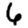
Digit: 6